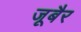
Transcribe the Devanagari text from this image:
जूबैर